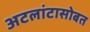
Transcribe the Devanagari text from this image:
अटलांटासोबत